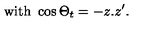
\mathrm { w i t h } \ \cos \Theta _ { t } = - z . z ^ { \prime } .